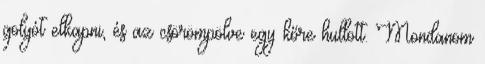
golyót elkapni, és az csörömpölve egy kőre hullott. Mondanom